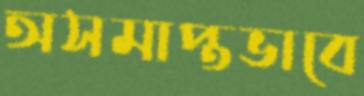
অসমাপ্তভাবে